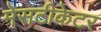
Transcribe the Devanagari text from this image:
मेसटीकेटर